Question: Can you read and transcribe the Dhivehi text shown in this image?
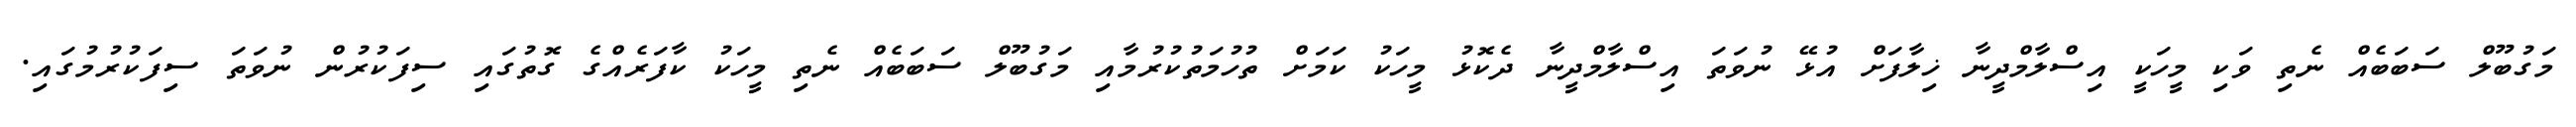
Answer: މަގުބޫލް ސަބަބެއް ނެތި ވަކި މީހަކީ އިސްލާމްދީނާ ޚިލާފަށް އުޅޭ ނުވަތަ އިސްލާމްދީނާ ދެކޮޅު މީހަކު ކަމަށް ތުހުމަތުކުރުމާއި މަގުބޫލް ސަބަބެއް ނެތި މީހަކު ކާފަރެއްގެ ގޮތުގައި ސިފަކުރުން ނުވަތަ ސިފަކުރުމުގައި.